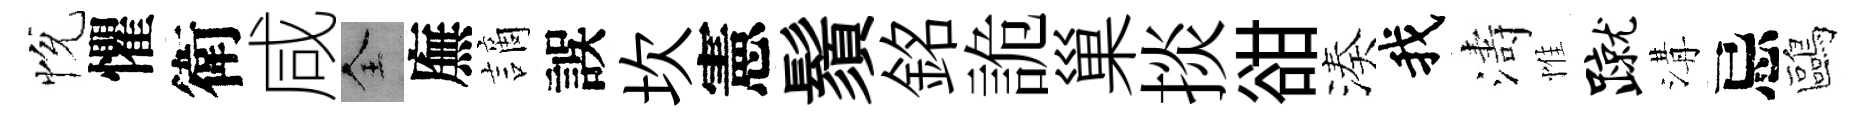
恱懼衛咸全廡謫誤坎憲鬚銘詭巢掞𧮳湊我濤惟蹴溝忌鷗